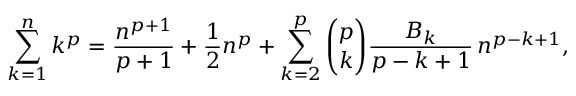
\sum _ { k = 1 } ^ { n } k ^ { p } = { \frac { n ^ { p + 1 } } { p + 1 } } + { \frac { 1 } { 2 } } n ^ { p } + \sum _ { k = 2 } ^ { p } { \binom { p } { k } } { \frac { B _ { k } } { p - k + 1 } } \, n ^ { p - k + 1 } ,